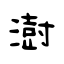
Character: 澍